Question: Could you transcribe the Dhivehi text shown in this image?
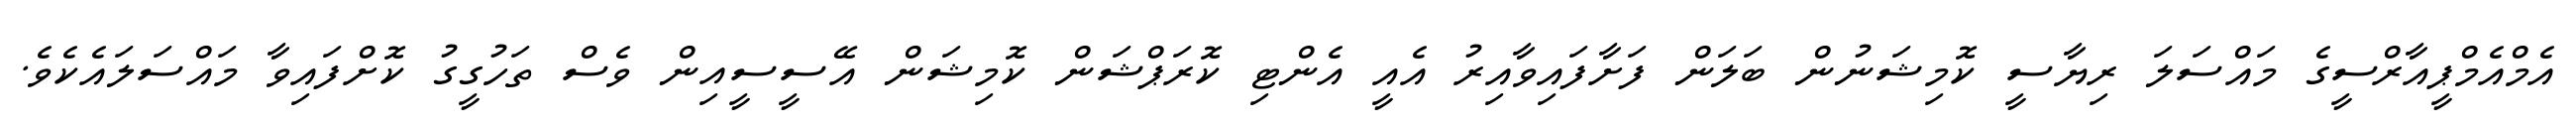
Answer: އެމްއެމްޕީއާރްސީގެ މައްސަލަ ރިޔާސީ ކޮމިޝަނުން ބަލަން ފަށާފައިވާއިރު އެއީ އެންޓި ކޮރަޕްޝަން ކޮމިޝަން އޭސީސީއިން ވެސް ތަހުގީގު ކޮށްފައިވާ މައްސަލައެކެވެ.